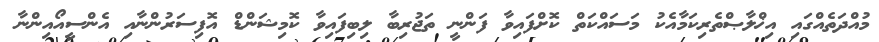
މުއްދަތެއްގައި އިޚްލާޞްތެރިކަމާއެކު މަސައްކަތް ކޮށްފައިވާ ފަންނީ ތަޖުރިބާ ލިބިފައިވާ ކޮމިޝަންޑް އޮފިސަރުންނާއި އެންސީއޯއިންނާ